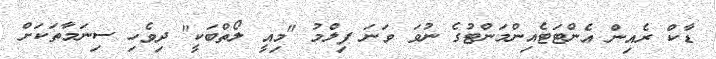
ޑާކް ރެއިން އެންޓަޓެއިންމަންޓުގެ ނުވަ ވަނަ ފިލްމު "މިއީ ލޯތްބަކީ" ދިވެހި ސިނަމާތަކަށް